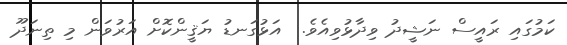
ކަމުގައި ރައީސް ނަޝީދު ވިދާޅުވިއެވެ.  އަޅުގަނޑު ޔަޤީންކޮށް އަރުވަން މި ތިނަދޫ